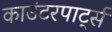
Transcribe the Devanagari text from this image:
काउंटरपार्ट्स